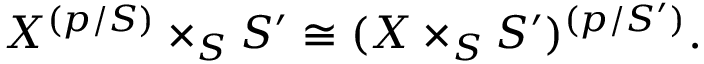
X ^ { ( p / S ) } \times _ { S } S ^ { \prime } \cong ( X \times _ { S } S ^ { \prime } ) ^ { ( p / S ^ { \prime } ) } .